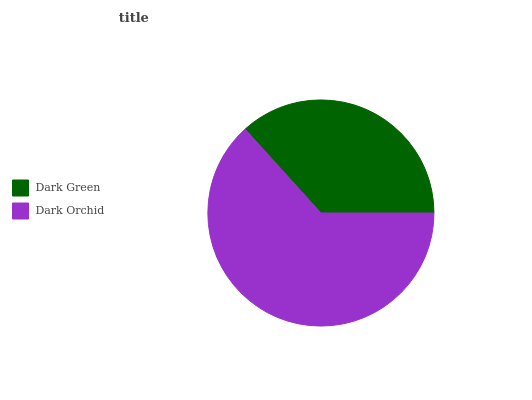
| Dark Green | Dark Orchid |
 | --- | --- |
 | 36.7% | 63.3% |